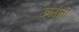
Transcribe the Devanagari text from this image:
उपगीती